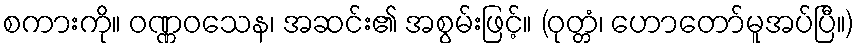
စကားကို။ ဝဏ္ဏဝသေန၊ အဆင်း၏ အစွမ်းဖြင့်။ (ဝုတ္တံ၊ ဟောတော်မူအပ်ပြီ။)